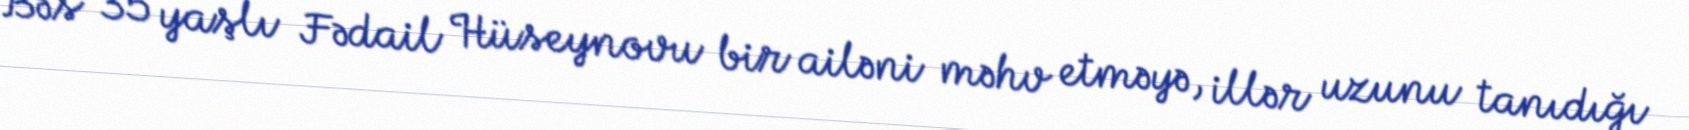
Bəs 35 yaşlı Fədail Hüseynovu bir ailəni məhv etməyə, illər uzunu tanıdığı